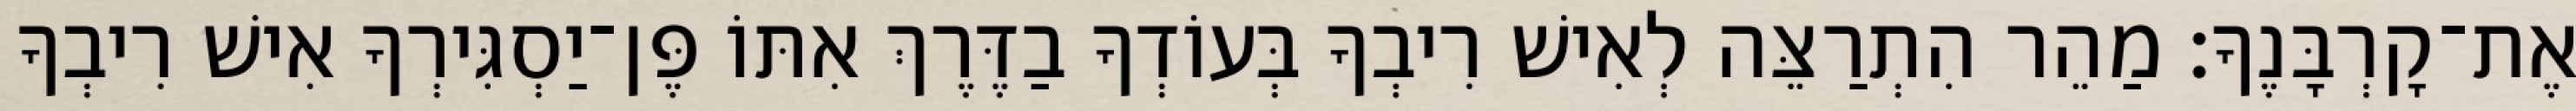
אֶת־קָרְבָּנֶךָ׃ מַהֵר הִתְרַצֵּה לְאִישׁ רִיבְךָ בְּעוֹדְךָ בַדֶּרֶךְ אִתּוֹ פֶּן־יַסְגִּירְךָ אִישׁ רִיבְךָ